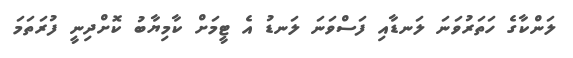
ލަންކާގެ ހަތަރުވަނަ ލަނޑާއި ފަސްވަނަ ލަނޑު އެ ޓީމަށް ކާމިޔާބު ކޮށްދިނީ ފުރަތަމަ